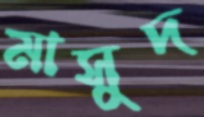
মাসুদ